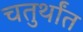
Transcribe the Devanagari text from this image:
चतुर्थांत